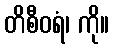
တိစီဝရံ၊ ကို။